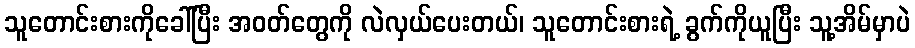
သူတောင်းစားကိုခေါ်ပြီး အဝတ်တွေကို လဲလှယ်ပေးတယ်၊ သူတောင်းစားရဲ့ ခွက်ကိုယူပြီး သူ့အိမ်မှာပဲ